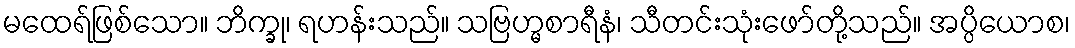
မထေရ်ဖြစ်သော။ ဘိက္ခု၊ ရဟန်းသည်။ သဗြဟ္မစာရီနံ၊ သီတင်းသုံးဖော်တို့သည်။ အပ္ပိယောစ၊